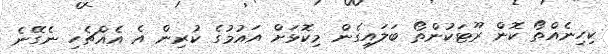
ކިހިނެއްތޯ ކޮން ރޫޓަކުންތޯ ބަލައިގެން މިކޮޅަށް އައުމުގެ ކުރިން އެ އެއްޗެހި ނެގޭނެ